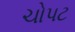
ચોપટ